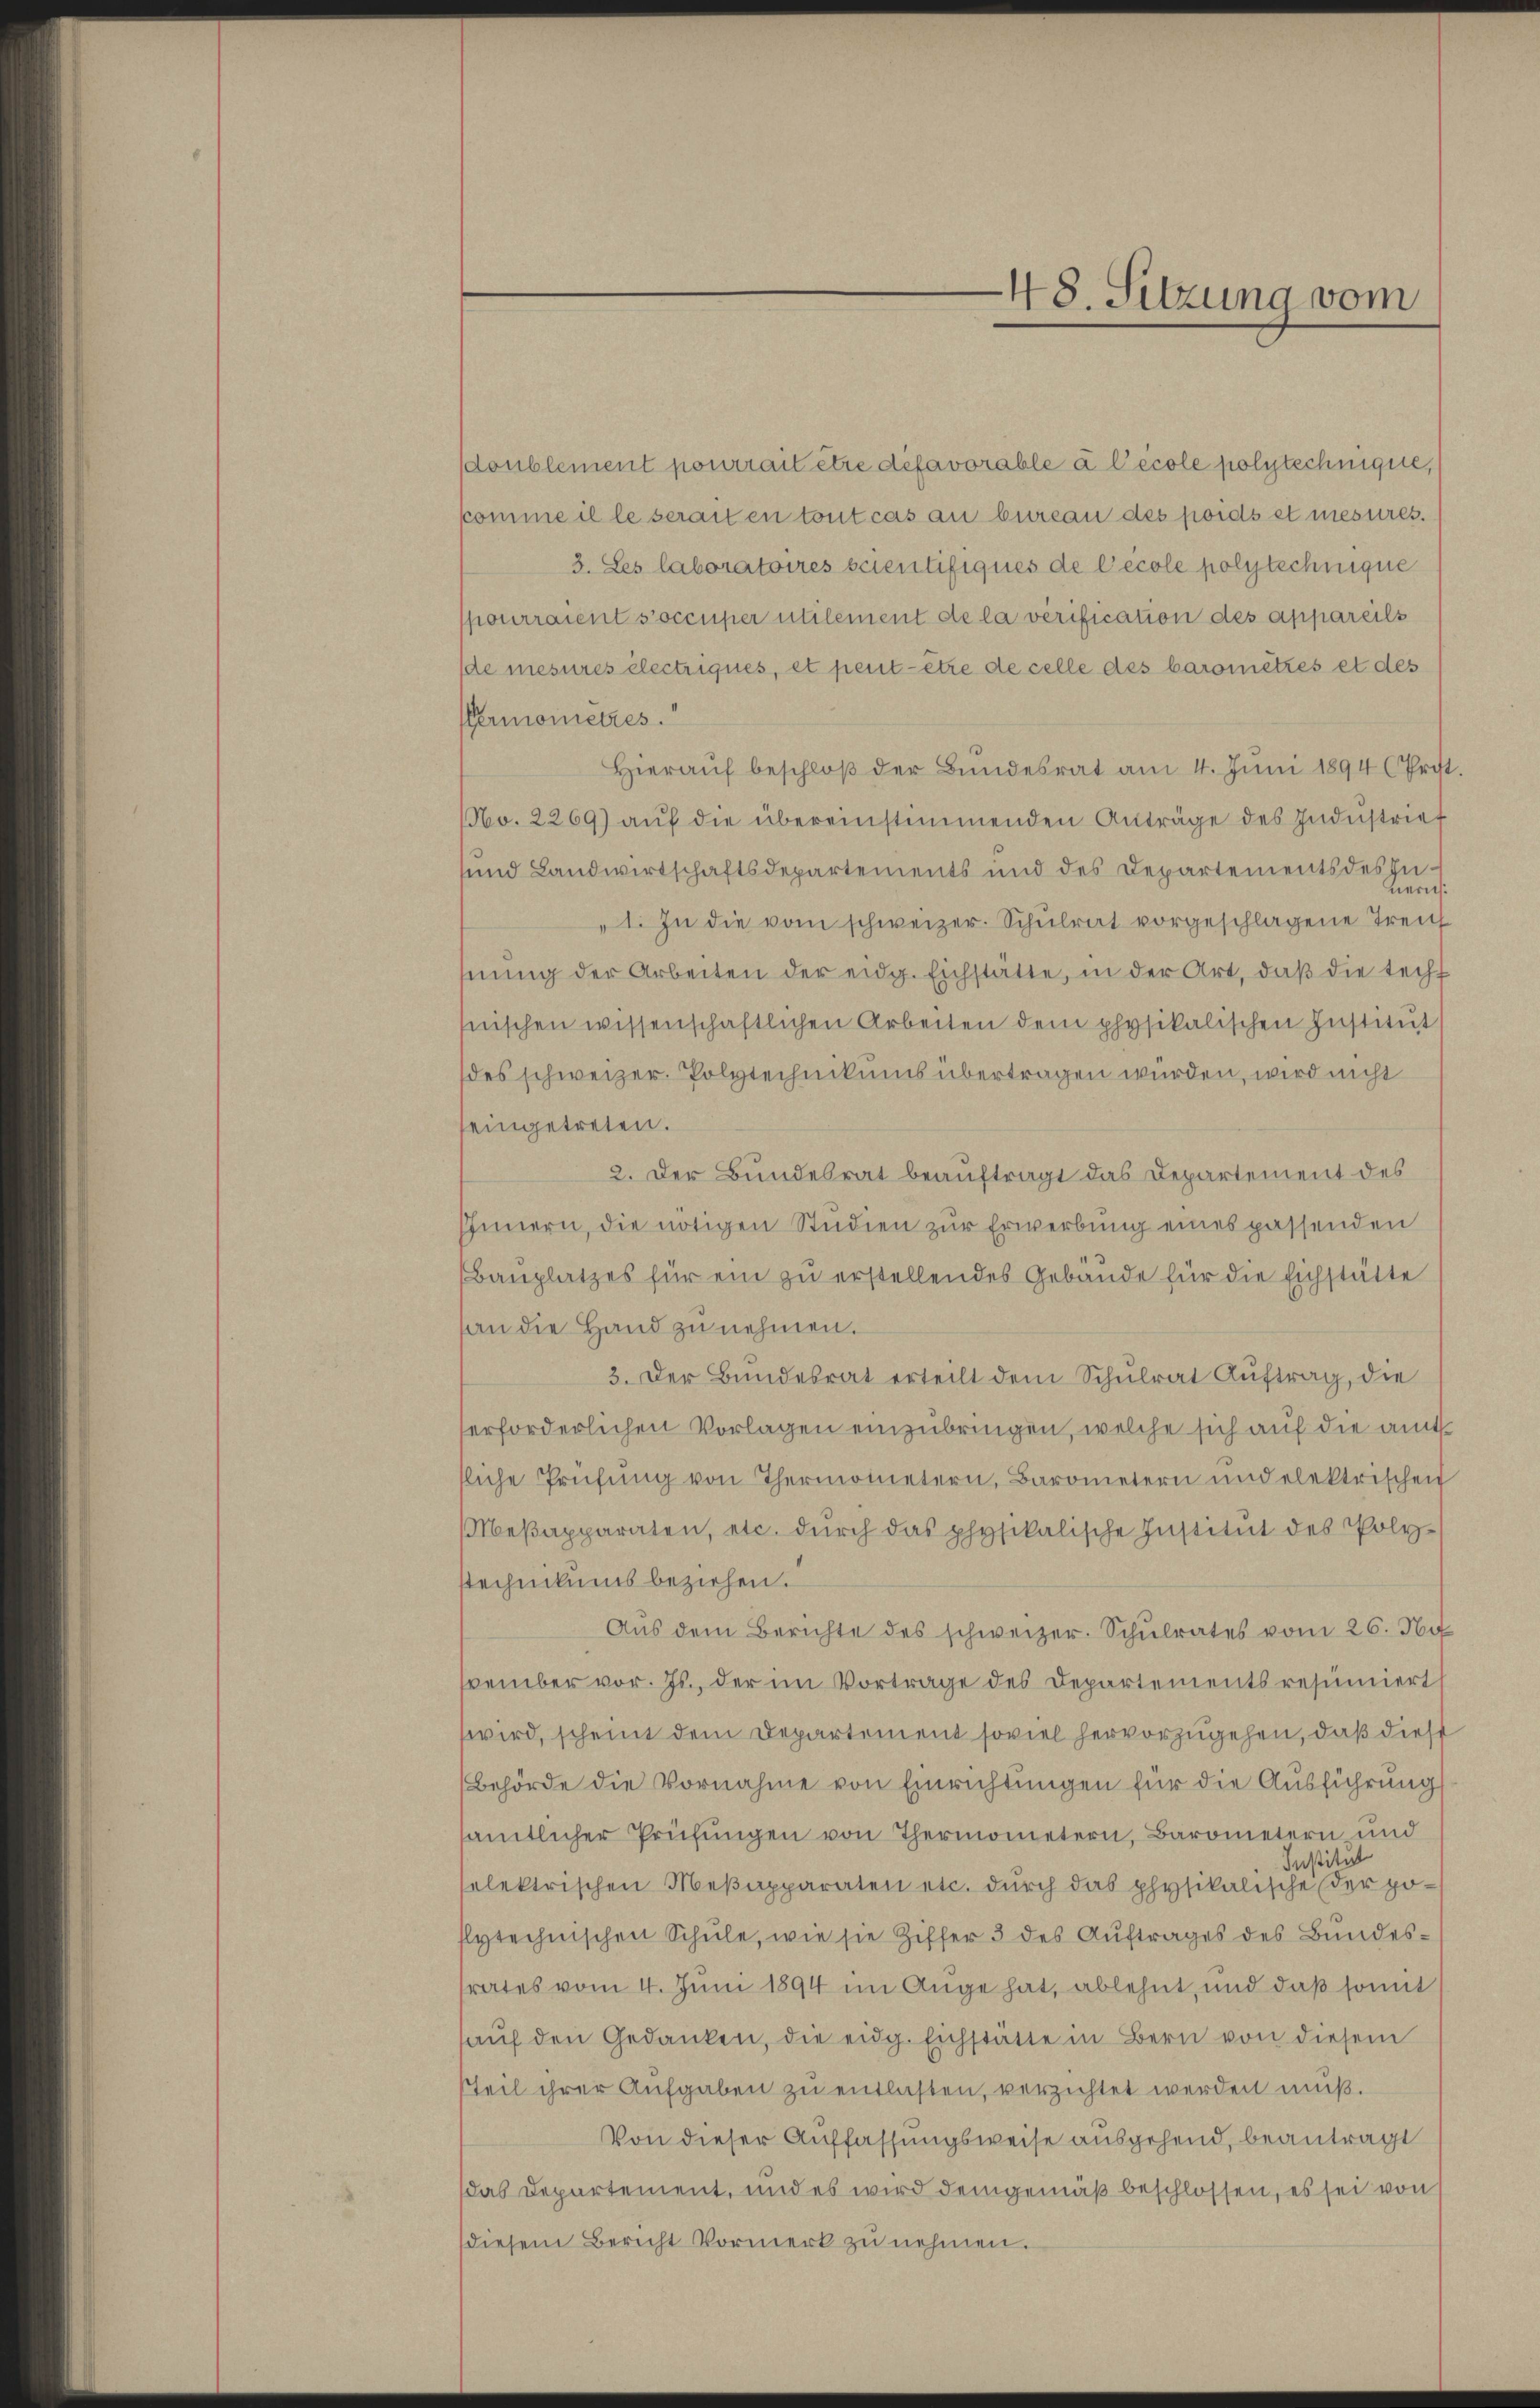
sdoublement pourrait être defavorable à l’école polytechnique,
komme il le serait en tout cas an bureau des poids et mesures.
3. Les laboratoires scientifiques de l’ecole polytechnique
pourraient soccuper utilement de la verification des appareils
de mesures electriques, et peut être de celle des barometzes et des
(ermometzes.
Hieraŭf beschloß der Bundesrat am 4. Juni 1894 (Prit.
No. 2269) auf die übereinstimmenden Anträge des Industries
und Landwirtschaftsdepartements und des Departements des Inieris
1. In die vom schweizer. Schulrat vorgeschlagene Treich
hnŭng der Arbeiten der eidg. Eichstätte, in der Art, daβ die techt
snischen wissenschaftlichen Arbeiten dem physikalischen Institut
des schweizer. Polytechnikums übertragen würden, wird nicht
eingetreten.
2. Der Bundesrat beauftragt das Departement des
Innern, die nötigen Studien zur Erwerbung eines passenden
Baŭplatzes für ein zŭ erstellendes Gebäŭde für die Eichstätte
an die Hand zu nehmen.
3. Der Bundesrat erteilt dem Schulrat Auftrag, die
erforderlichen Vorlagen einzubringen, welche sich auf die amtsliche Prüfŭng von Thermometern, Barometern und elektrischen
Meβapparaten, etc. dŭrch das physikalische Institŭt des Poly-
stechnikums beziehen.
Aŭs dem Berichte des schweizer. Schulrates vom 26. Na
svember vor. Js., der im Vortrage des Departements resumiert
wird, scheint dem Departement soviel hervorzugehen, daß diese
Behörde die Vornahme von Einrichtungen für die Ausführung
sämtlicher Prüfungen von Thermometern, Barometern und
Institut
selektrischen Meβapparaten etc. dŭrch das physikalische der poslytechnischen Schule, wie sie Ziffer 3 des Auftrages des Bundestrates vom 4. Juni 1894 im Auge hat, ablehnt, und daß somit
haŭf den Gedanken, die eidg. Eichstatte in Bern von diesem
steil ihrer Aufgaben zu entlasten, verzichtet werden muß.
Von dieser Auffassungsweise ausgehend, beantragt
das Departement, und es wird demgemäß beschlossen, es sei von
diesem Bericht Vormerk zu nehmen.

48. Sitzung vom